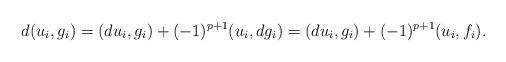
LaTeX: \begin{align*}d(u_{i}, g_{i}) &= (du_{i}, g_{i}) + (-1)^{p+1}(u_{i}, dg_{i}) = (du_{i}, g_{i}) + (-1)^{p+1}(u_{i}, f_{i}). \end{align*}